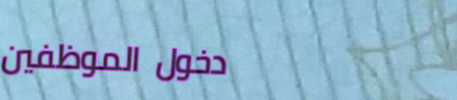
دخول الموظفين